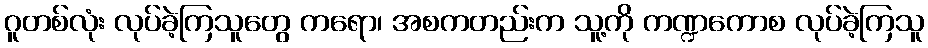
ဂူတစ်လုံး လုပ်ခဲ့ကြသူတွေ ကရော၊ အစကတည်းက သူ့ကို ကဏ္ဍကောစ လုပ်ခဲ့ကြသူ